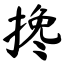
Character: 搀